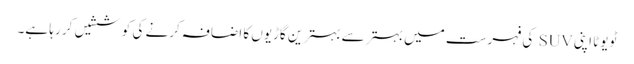
ٹویوٹا اپنی SUV کی فہرست میں بہتر سے بہترین گاڑیوں کا اضافہ کرنے کی کوششیں کر رہا ہے۔